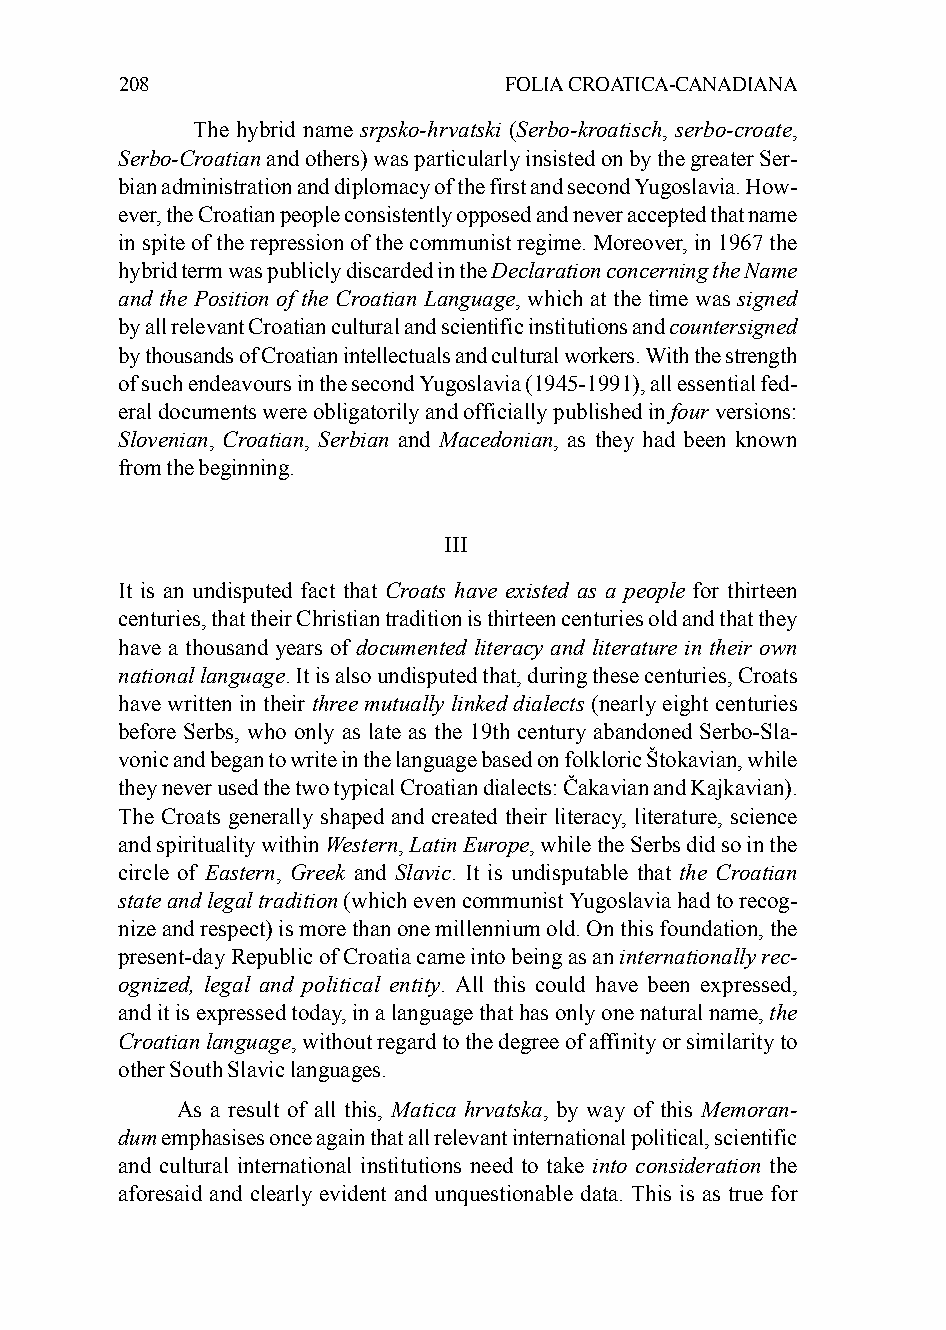
208                      FOLIA CROATICA-CANADIANA
 The hybrid name srpsko-hrvatski (Serbo-kroatisch, serbo-croate,
 Serbo-Croatian and others) was particularly insisted on by the greater Ser-
 bian administration and diplomacy of the first and second Yugoslavia. How-
 ever, the Croatian people consistently opposed and never accepted that name
 in spite of the repression of the communist regime. Moreover, in 1967 the
 hybrid term was publicly discarded in the Declaration concerning the Name
 and the Position of the Croatian Language, which at the time was signed
 by all relevant Croatian cultural and scientific institutions and countersigned
 by thousands of Croatian intellectuals and cultural workers. With the strength
 of such endeavours in the second Yugoslavia (1945-1991), all essential fed-
 eral documents were obligatorily and officially published in four versions:
 Slovenian, Croatian, Serbian and Macedonian, as they had been known
 from the beginning.
 III
 It is an undisputed fact that Croats have existed as a people for thirteen
 centuries, that their Christian tradition is thirteen centuries old and that they
 have a thousand years of documented literacy and literature in their own
 national language. It is also undisputed that, during these centuries, Croats
 have written in their three mutually linked dialects (nearly eight centuries
 before Serbs, who only as late as the 19th century abandoned Serbo-Sla-
 vonic and began to write in the language based on folkloric Štokavian, while
 they never used the two typical Croatian dialects: Čakavian and Kajkavian).
 The Croats generally shaped and created their literacy, literature, science
 and spirituality within Western, Latin Europe, while the Serbs did so in the
 circle of Eastern, Greek and Slavic. It is undisputable that the Croatian
 state and legal tradition (which even communist Yugoslavia had to recog-
 nize and respect) is more than one millennium old. On this foundation, the
 present-day Republic of Croatia came into being as an internationally rec-
 ognized, legal and political entity. All this could have been expressed,
 and it is expressed today, in a language that has only one natural name, the
 Croatian language, without regard to the degree of affinity or similarity to
 other South Slavic languages.
 As a result of all this, Matica hrvatska, by way of this Memoran-
 dum emphasises once again that all relevant international political, scientific
 and cultural international institutions need to take into consideration the
 aforesaid and clearly evident and unquestionable data. This is as true for